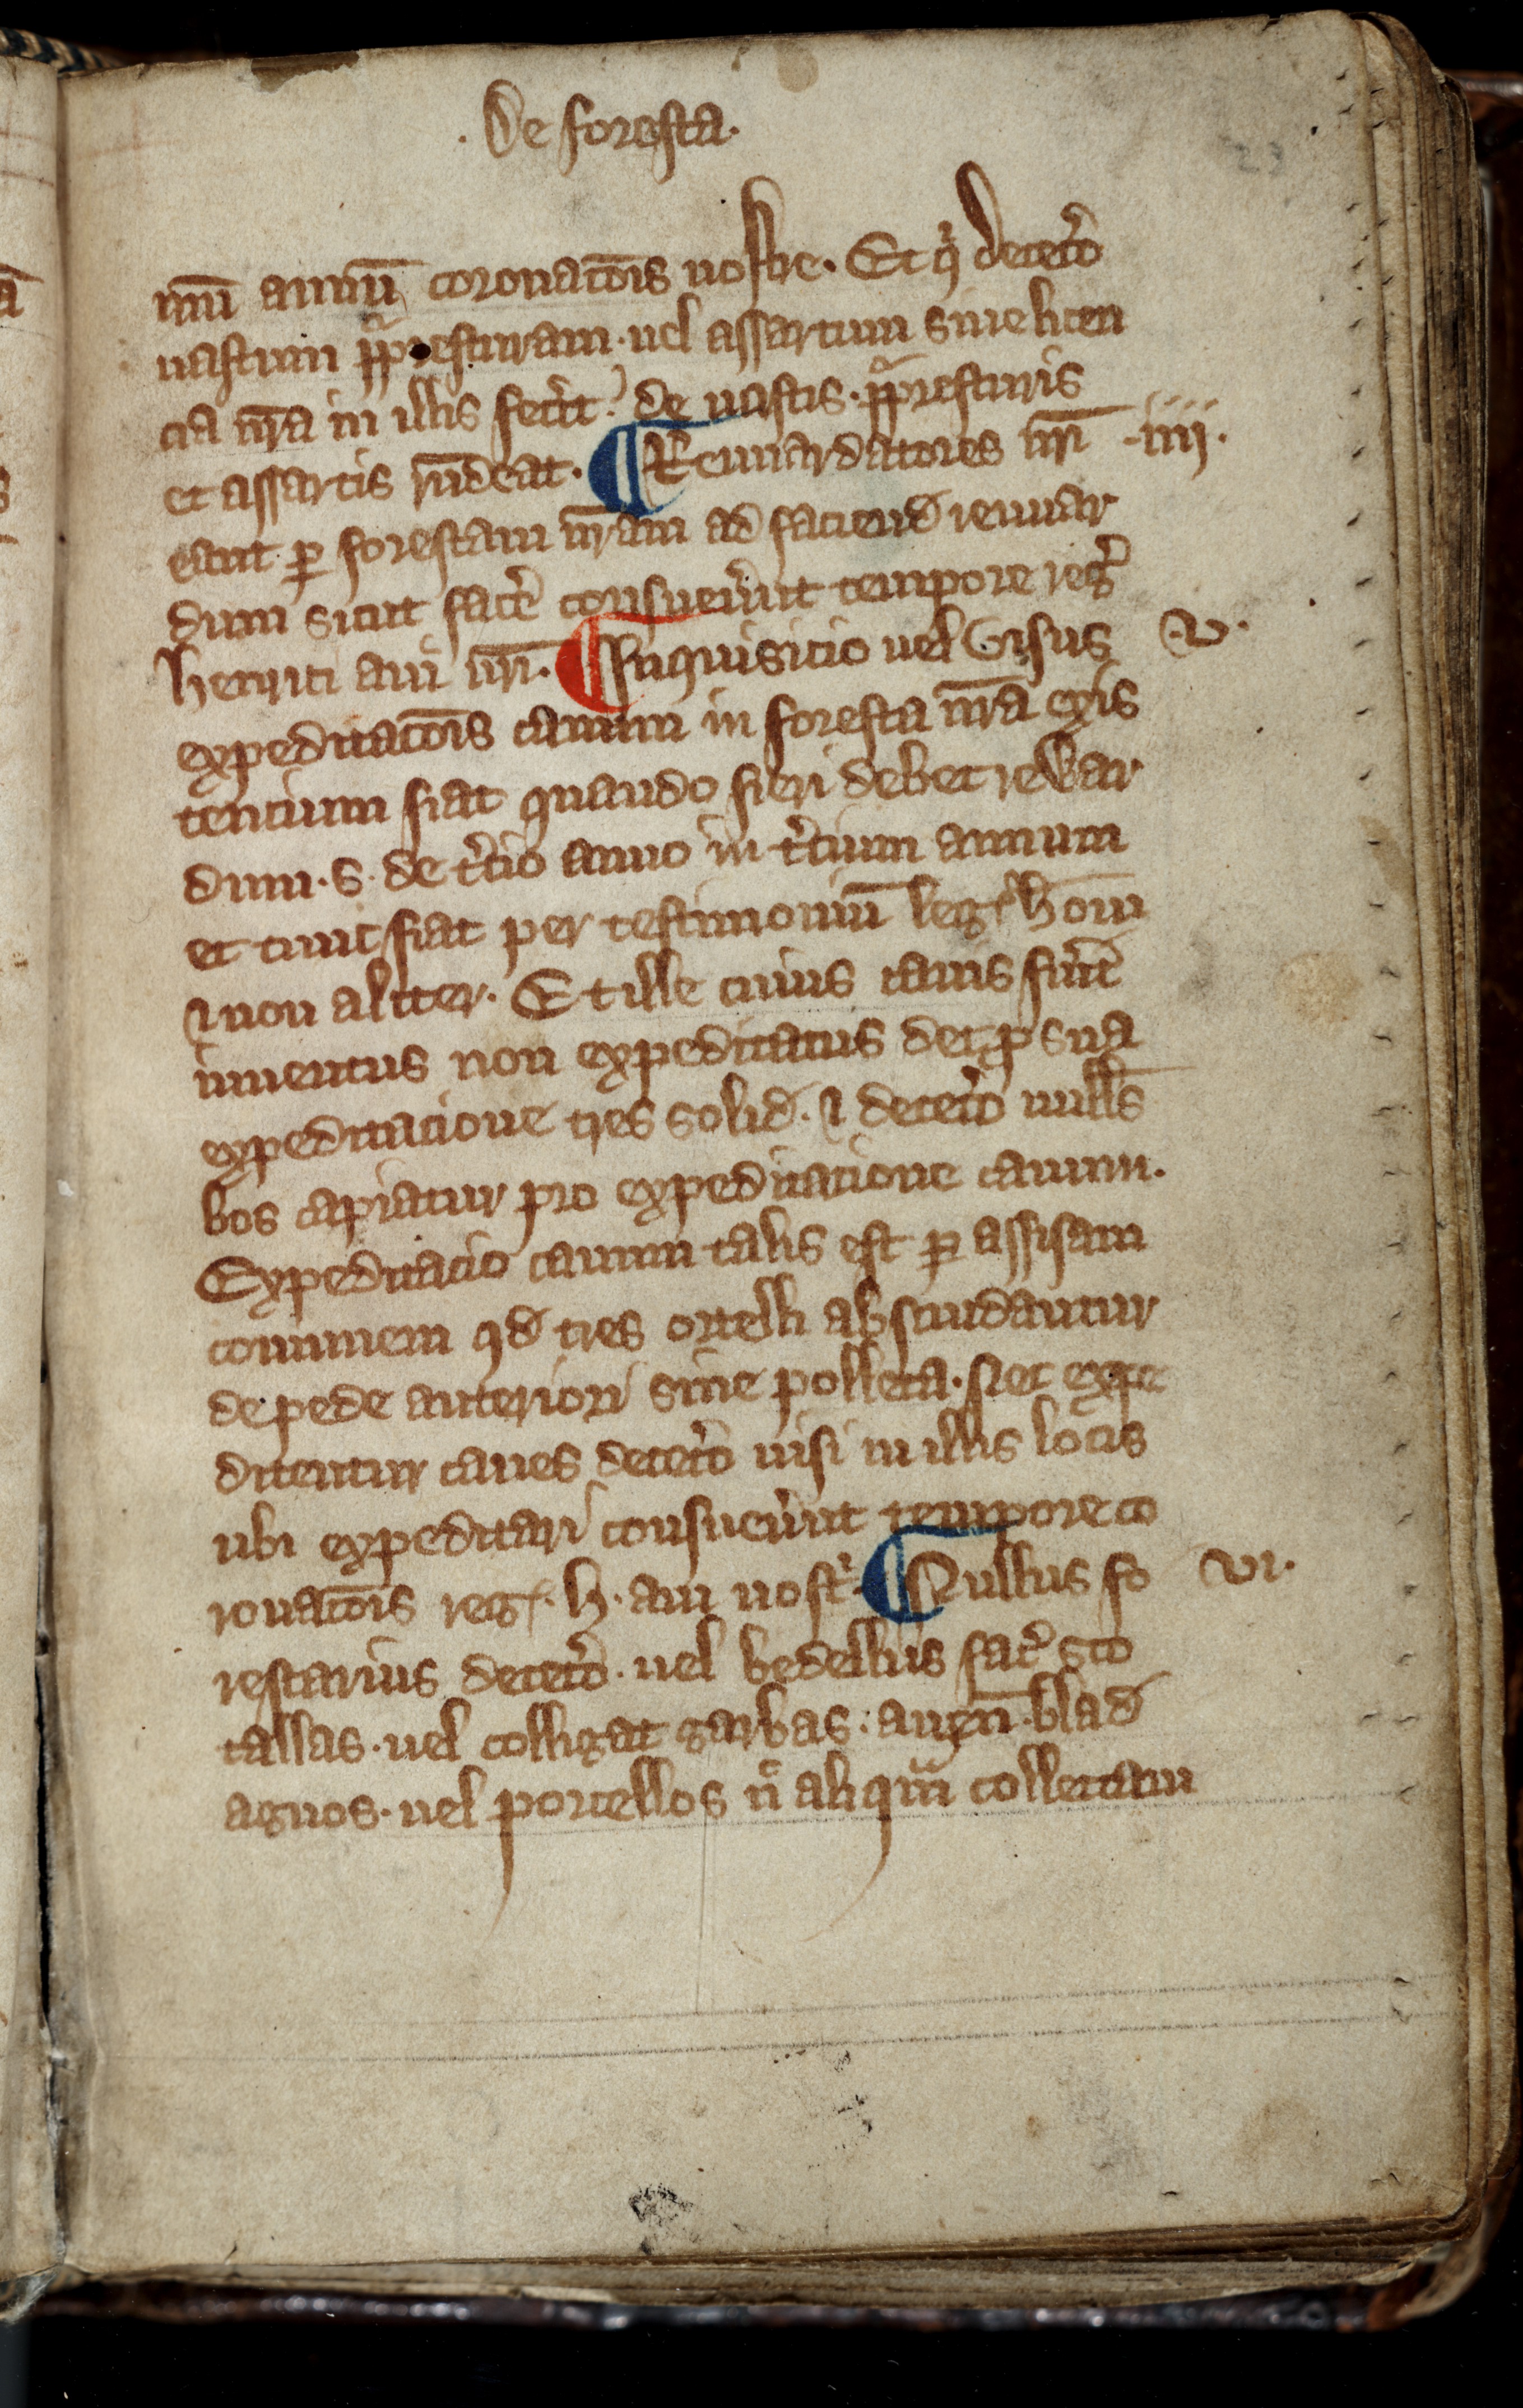
Shelfmark: Toronto, Fisher Library, ms. 01053
Century: 14